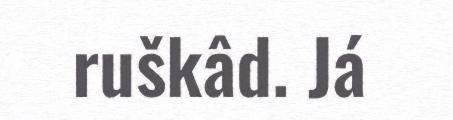
ruškâd. Já